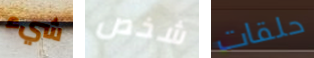
شيء شخص حلقات